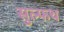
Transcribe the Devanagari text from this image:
सुल्फथ